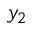
y _ { 2 }